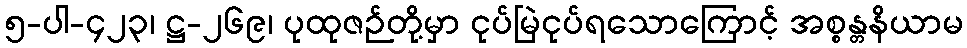
၅-ပါ-၄၂၃၊ ဋ္ဌ-၂၆၉၊ ပုထုဇဉ်တို့မှာ ငုပ်မြဲငုပ်ရသောကြောင့် အစ္စန္တနိယာမ